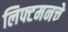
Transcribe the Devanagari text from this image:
लिफ्टमनचे